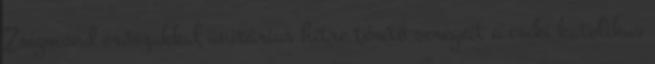
Zsigmond erőszakkal unitárius hitre térítő seregeit a csíki katolikus